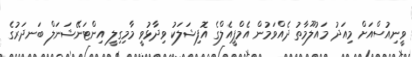
ވީނިއުސްއަށް މިއަދު މައުލޫމާތު ދެއްވަމުން އެމްޕީއެލްގެ އޮފިޝަލަކު ވިދާޅުވީ މާމިގިލީ އިންޓަނޭޝަނަލް ބަނދަރުގެ